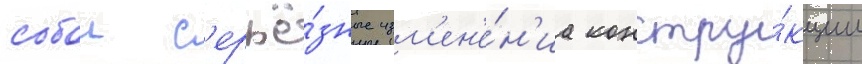
собои с'ерьё́зные изм'ен'е́н'иа констру́кции